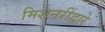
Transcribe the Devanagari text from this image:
मिशनरींद्वारे